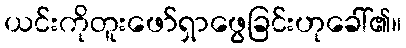
ယင်းကိုတူးဖော်ရှာဖွေခြင်းဟုခေါ်၏။